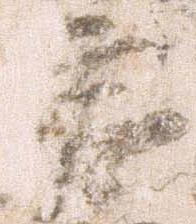
笠